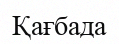
Қағбада